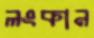
লংকান